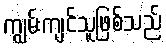
ကျွမ်းကျင်သူဖြစ်သည်